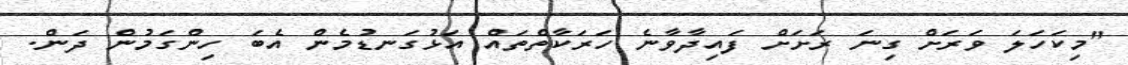
"މިކަހަލަ ވަރަށް ގިނަ ރަށަށް ފައިދާވާނެ ހަރަކާތްތައް އަޅުގަނޑުމެން އެބަ ހިންގަމުން ދަން.